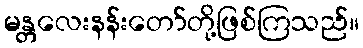
မန္တလေးနန်းတော်တို့ဖြစ်ကြသည်။